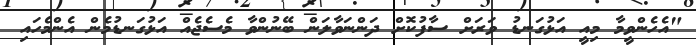
"އެހެންވީމާ މިއީ އަޅުގަނޑު ވަރަށް ސާފުކޮށް ދަންނަވާލަން ބޭނުންވާ މެސެޖެއް އަޅުގަނޑުމެން އެންމެހައި